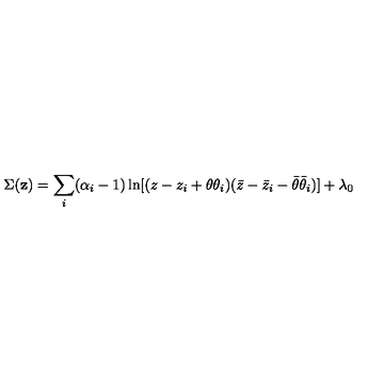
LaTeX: \Sigma ( { \bf z } ) = \sum _ { i } ( \alpha _ { i } - 1 ) \ln [ ( z - z _ { i } + \theta \theta _ { i } ) ( \bar { z } - \bar { z } _ { i } - \bar { \theta } \bar { \theta } _ { i } ) ] + \lambda _ { 0 }